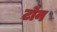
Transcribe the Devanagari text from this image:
टौन